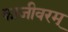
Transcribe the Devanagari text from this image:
काजीवरम्